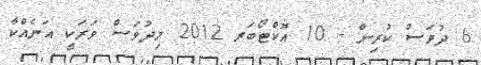
6 ދުވަސް ކުރިން - 10 އޮކްޓޯބަރ 2012 މިދުވަސް ވަރަކީ އަނެއްކާ